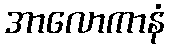
အာလောကာနံ